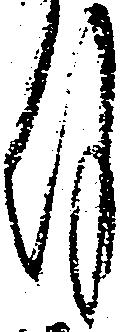
月